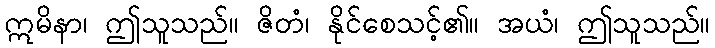
ဣမိနာ၊ ဤသူသည်။ ဇိတံ၊ နိုင်စေသင့်၏။ အယံ၊ ဤသူသည်။